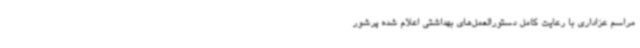
مراسم عزاداری با رعایت کامل دستورالعمل‌های بهداشتی اعلام شده پرشور